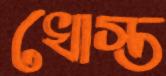
খোস্ত